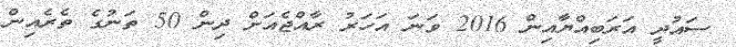
ސައުދީ އަރަބިއްޔާއިން 2016 ވަނަ އަހަރު ރާއްޖެއަށް ދިން 50 ތަނުގެ ތެރެއިން